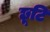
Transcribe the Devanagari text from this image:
छूटि